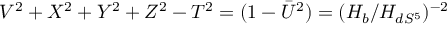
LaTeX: V ^ { 2 } + X ^ { 2 } + Y ^ { 2 } + Z ^ { 2 } - T ^ { 2 } = ( 1 - \bar { U } ^ { 2 } ) = ( H _ { b } / H _ { d S ^ { 5 } } ) ^ { - 2 }